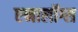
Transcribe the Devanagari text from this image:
एनालॉग्स